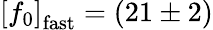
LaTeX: \left[f_{0}\right]_{\mathrm{fast}}=(21\pm 2)